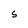
Character: S